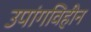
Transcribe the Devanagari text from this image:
उपांगविहीन